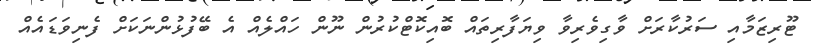
ޓޫރިޒަމާއި ސަރުކާރަށް ވާގިވެރިވާ ވިޔަފާރިތައް ބޮއިކޮޓްކުރުން ނޫން ހައްލެއް އެ ބޭފުޅުންނަކަށް ފެނިވަޑައެއް